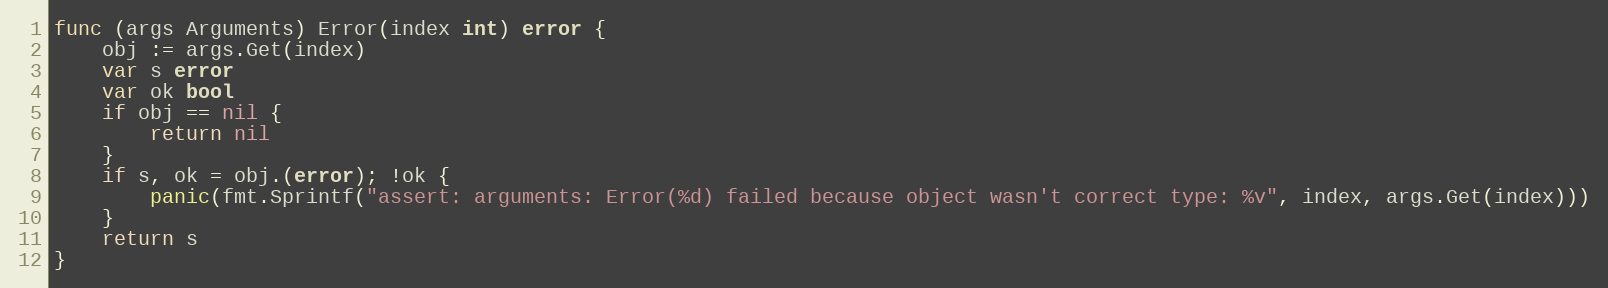
Language: Go
func (args Arguments) Error(index int) error {
	obj := args.Get(index)
	var s error
	var ok bool
	if obj == nil {
		return nil
	}
	if s, ok = obj.(error); !ok {
		panic(fmt.Sprintf("assert: arguments: Error(%d) failed because object wasn't correct type: %v", index, args.Get(index)))
	}
	return s
}